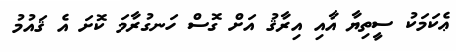
ޢެކަމަކު ސީތިޔާ އާއި އިރާޤު އަށް ގޮސް ހަނގުރާމަ ކޮށަ އެ ޤައުމު